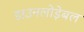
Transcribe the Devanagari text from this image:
डाउनलोड़ेबल